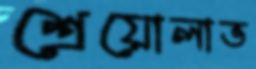
শ্রেয়োলাভ